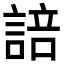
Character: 𮘟